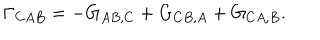
\Gamma _ { C A B } = - G _ { A B , C } + G _ { C B , A } + G _ { C A , B } .